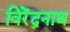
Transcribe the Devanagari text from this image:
विरेंद्रनाथ